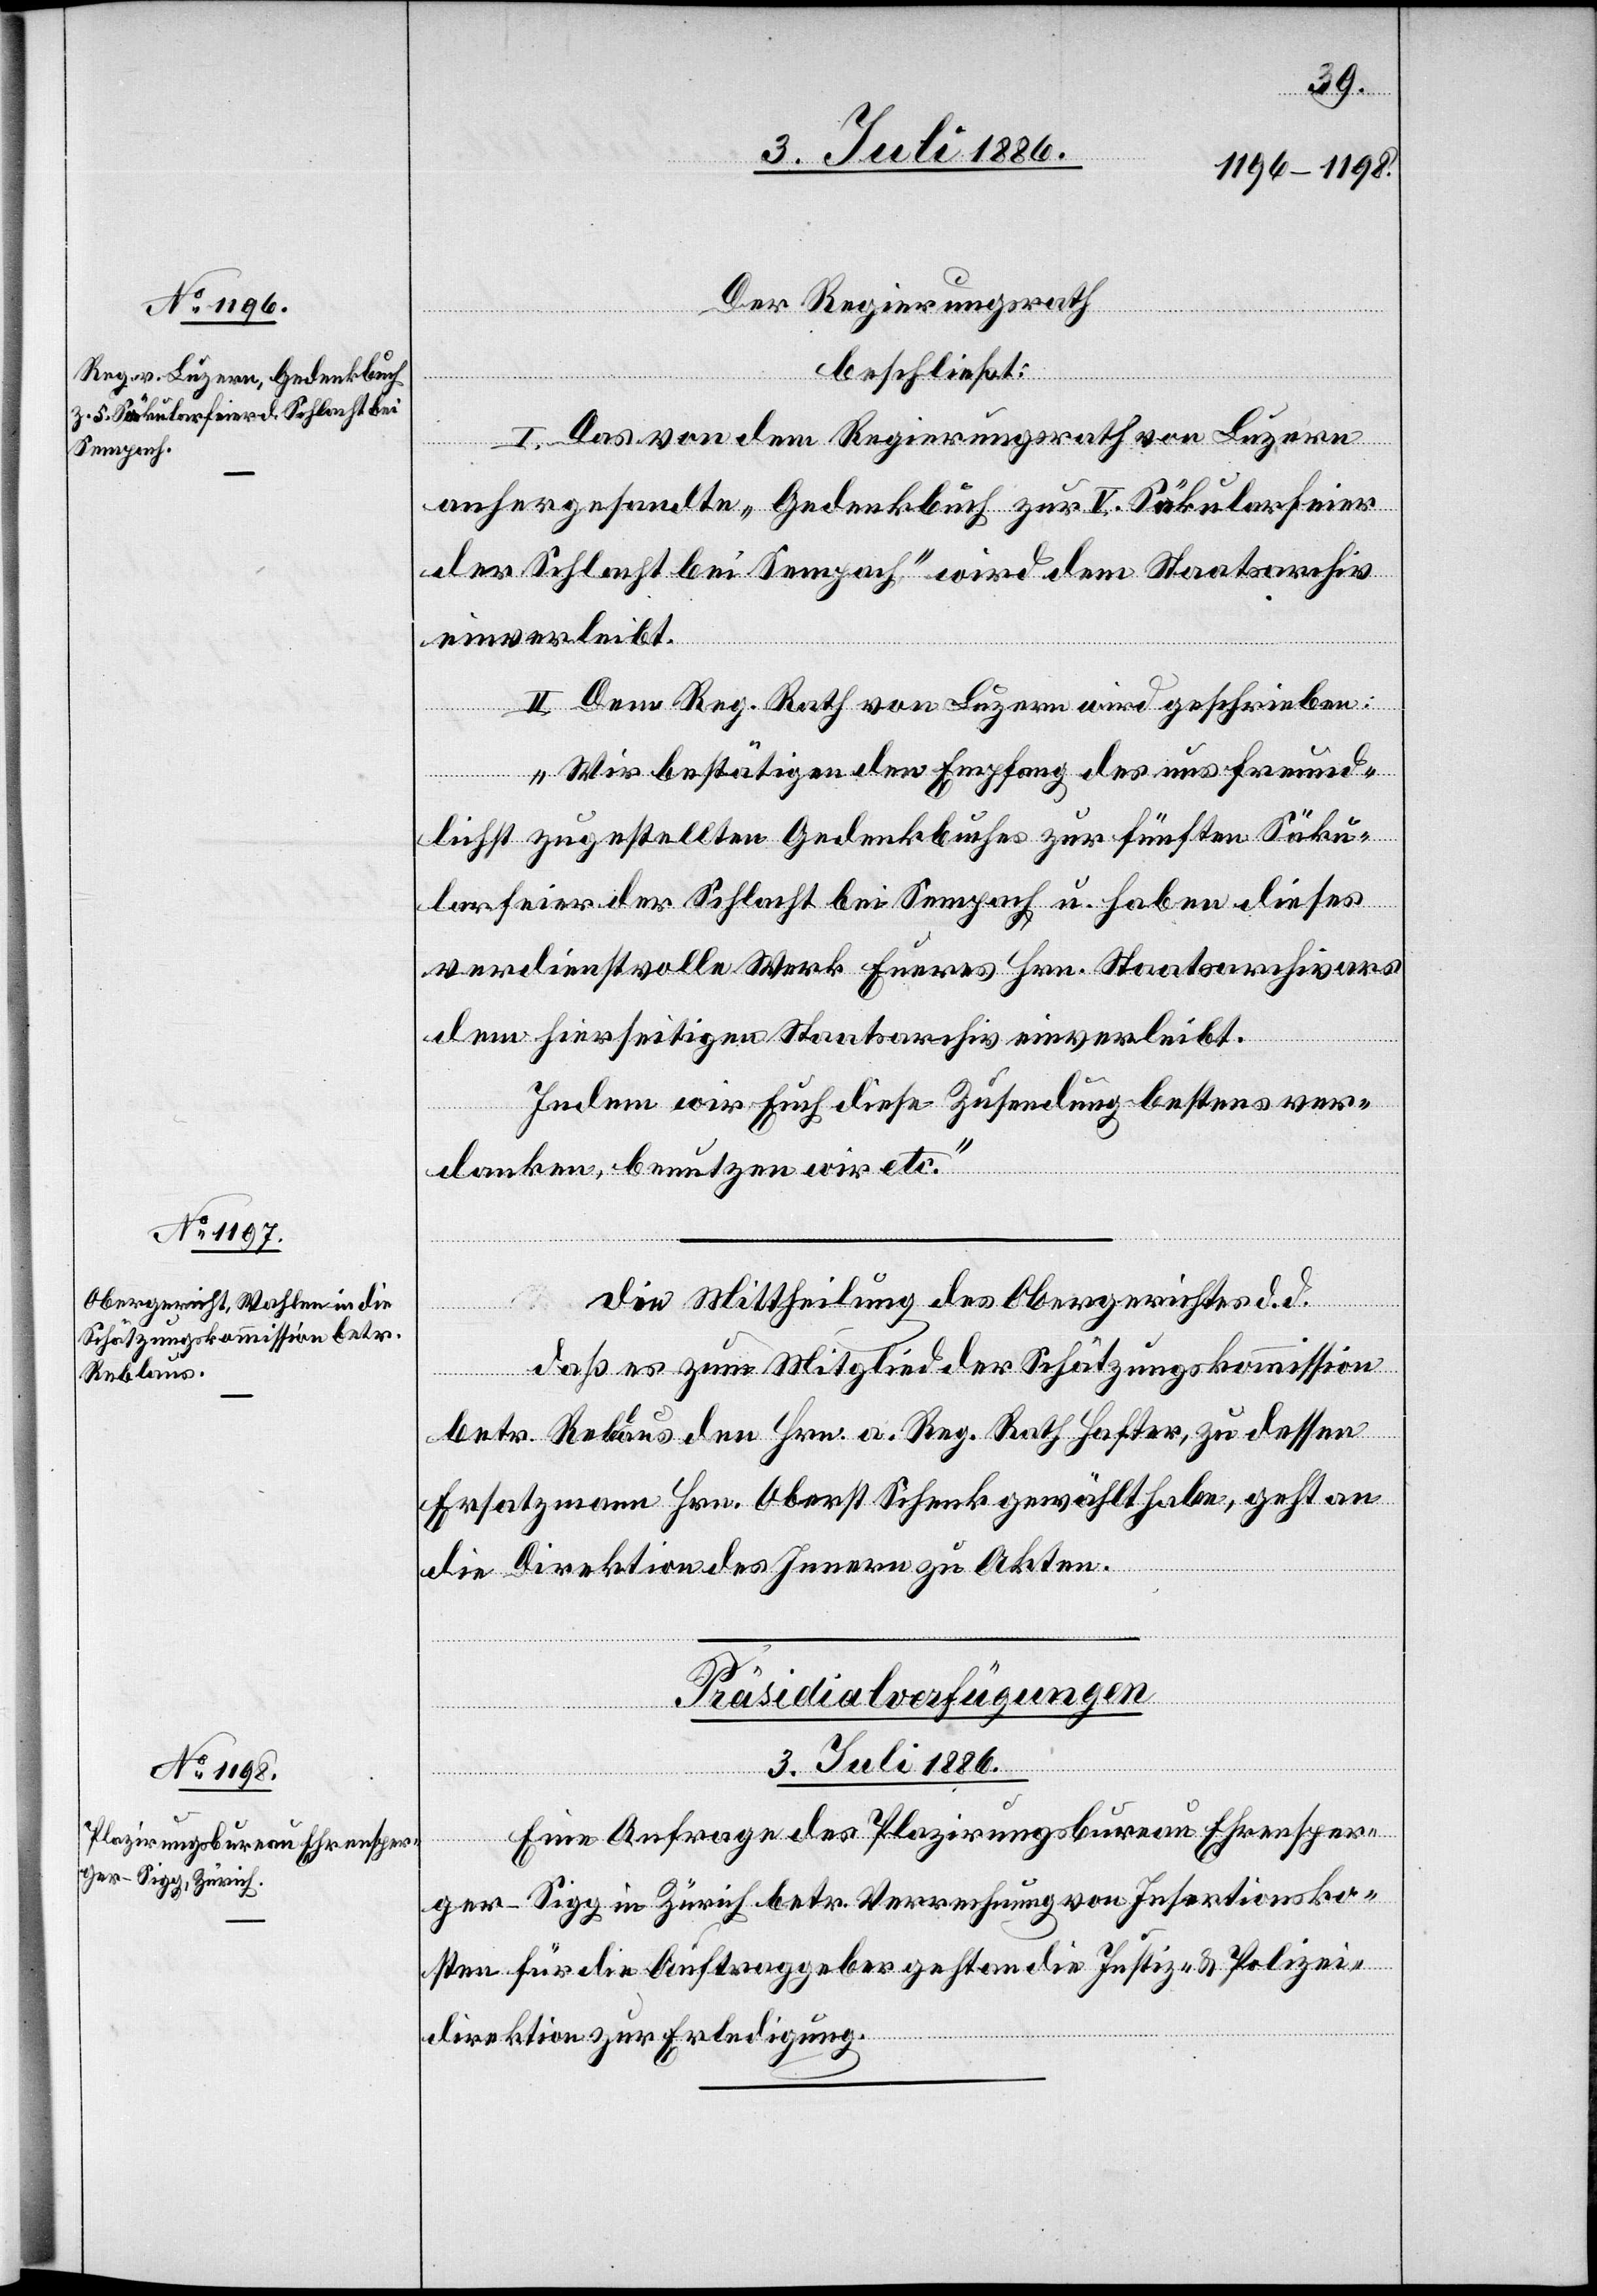
3. Juli 1886.
Der Regierungsrath,
beschließt:
I. Das von dem Regierungsrath von Luzern
anhergesandte „Gedenkbuch zur V. Säkularfeier
der Schlacht bei Sempach“ wird dem Staatsarchiv
einverleibt.
II. Dem Reg. Rath von Luzern wird geschrieben:
„Wir bestätigen den Empfang des uns freund¬
lichst zugestellten Gedenkbuches zur fünften Säku¬
larfeier der Schlacht bei Sempach u. haben dieses
verdienstvolle Werk Eueres Hrn. Staatsarchivars
dem hierseitigen Staatsarchiv einverleibt.
Indem wir Euch diese Zusendung bestens ver¬
danken, benutzen wir etc.“
Die] Mittheilung des Obergerichtes d. d.
[Fortsetzung
daß es zum Mitglied der Schätzungskommission
betr. Reblaus den Hrn. a. Reg. Rath Hafter, zu dessen
Ersatzmann Hrn. Oberst Schenk gewählt habe, geht an
die Direktion des Innern zu Akten.
Präsidialverfügungen.
Eine Anfrage des Plazirungsbureau Ehrensper¬
ger-Sigg in Zürich betr. Verrechnung von Insertionsko¬
sten für die Auftraggeber geht an die Justiz- & Polizei¬
direktion zur Erledigung.